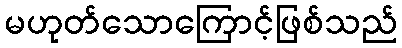
မဟုတ်သောကြောင့်ဖြစ်သည်